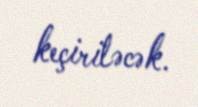
keçiriləcək.